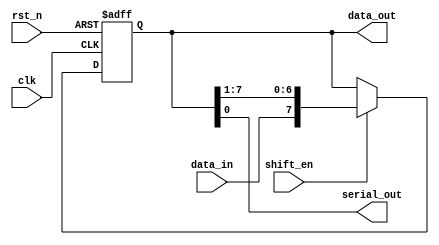
module shift_reg
#(
  parameter WIDTH=8
)
(
 input                  clk,
 input                  rst_n,
 input                  data_in,
 input                  shift_en,
 
 output reg [WIDTH-1:0] data_out,
 output                 serial_out      
 );

      
   always@(posedge clk or negedge rst_n)
     begin
        if(!rst_n)
          data_out <= {WIDTH{1'b0}};
        else if(shift_en)
          data_out <= {data_in,data_out[WIDTH-1:1]};
     end
   
   assign serial_out = data_out[0];
   
endmodule